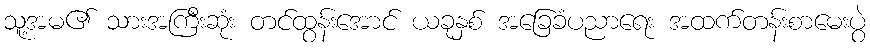
သူ့အမ၏ သားအကြီးဆုံး တင်ထွန်းအောင် ယခုနှစ် အခြေခံပညာရေး အထက်တန်းစာမေးပွဲ